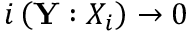
i \left( { \mathbf { Y } } : { X } _ { i } \right) \rightarrow 0